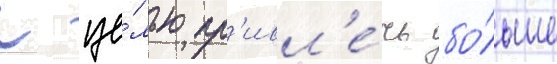
С це́лью пр'ивл'е́чь бо́льше